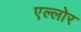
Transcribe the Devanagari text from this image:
एल्लोर